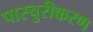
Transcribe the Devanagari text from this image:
पास्चुरीकरण